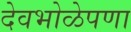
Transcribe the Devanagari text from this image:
देवभोळेपणा